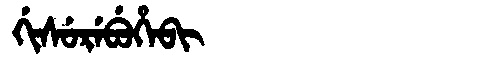
Manchu: ᡤᡳᠰᡠᡵᡝᠪᡠᡥᡝᠪᡳ
Romanization: GISUREBUHEBI